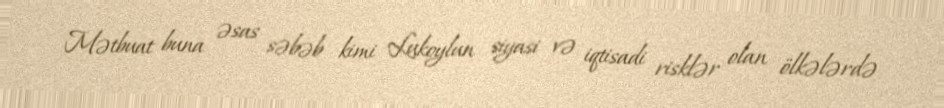
Mətbuat buna əsas səbəb kimi Lukoylun siyasi və iqtisadi risklər olan ölkələrdə